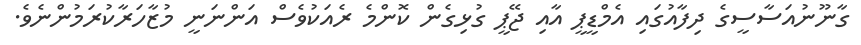
ގާނޫނުއަސާސީގެ ދިފާއުގައި އެމްޑީޕީ އާއި ޖޭޕީ ގުޅިގެން ކޮންމެ ރެއަކުވެސް އަންނަނީ މުޒާހަރާކުރަމުންނެެވެ.